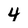
Character: 4